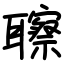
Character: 聺